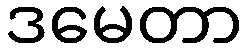
ဒမေတာ